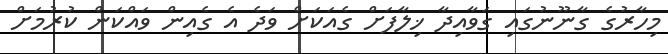
މިހާރުގެ ގާނޫނުގައި ގަވާއިދާ ޚިލާފަށް ގެއަކަށް ވަދެ އެ ގެއިން ވައްކަން ކުރުމަށް